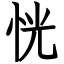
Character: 恍